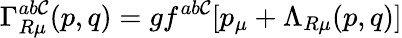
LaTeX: \Gamma_{R\mu}^{ab\mathcal{C}}(p,q)=gf^{ab\mathcal{C}}[p_{\mu}+\Lambda_{R\mu}(p,q)]